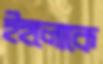
ইহলোকে